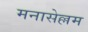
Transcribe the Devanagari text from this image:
मनासेल्लम